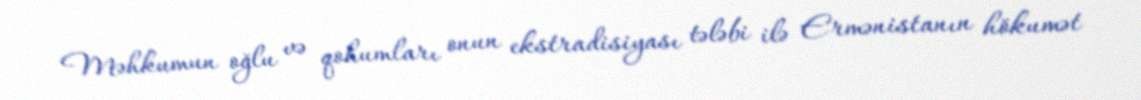
Məhkumun oğlu və qohumları onun ekstradisiyası tələbi ilə Ermənistanın hökumət